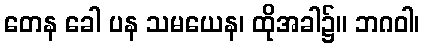
တေန ခေါ ပန သမယေန၊ ထိုအခါ၌။ ဘဂဝါ၊